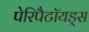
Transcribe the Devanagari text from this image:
पेरिपैटॉयड्स